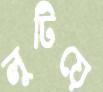
লুটিয়ে